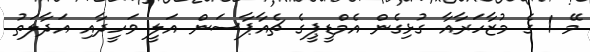
މޭ 1 ގެ މުޒާހަރާއާ ގުޅިގެން އެމްޑީޕީގެ ޗެއާޕާސަން އަލީ ވަހީދާއި އަދާލަތު